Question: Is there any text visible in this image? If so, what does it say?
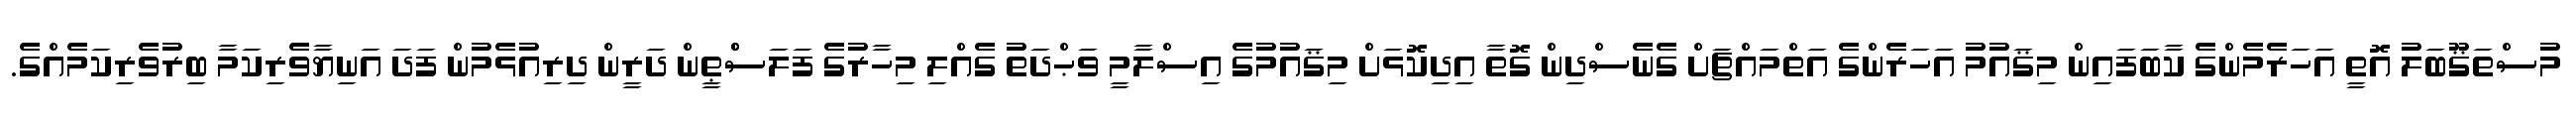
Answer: މުސްތަޤޫބަލު އޮތީ އަހަރެމެންގެ ކާބަފައިން މިޤައުމު އަހަރެންގެ އަތްމައްޗަށް ގެނެސްދިން ގޮތާ އިދިކޮޅަށް މިޤައުމުގެ އިސްލާމީ ވަޙްދަތު ގެއްލި މިހާރުގެ ފަލަސްްޠީން ދަރީން ދިރިއުޅެމުން ފަދަ އަނިޔާވެރިކަމާ ބިރުވެރިކަމެއްގެ.